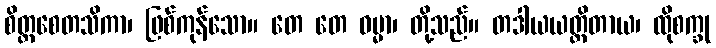
စိတ္တစေတသိကာ၊ ဖြစ်ကုန်သော။ တေ တေ ဓမ္မာ၊ တို့သည်။ တဒါယယတ္တိတာယ၊ ထိုစက္ခု